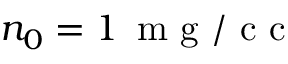
n _ { 0 } = 1 \, \mathrm { ~ m ~ g ~ / ~ c ~ c ~ }